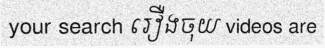
your search រឿងចុយ videos are